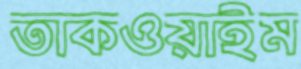
তাকওয়াইম